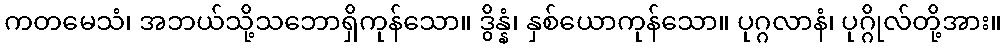
ကတမေသံ၊ အဘယ်သို့သဘောရှိကုန်သော။ ဒွိန္နံ၊ နှစ်ယောကုန်သော။ ပုဂ္ဂလာနံ၊ ပုဂ္ဂိုလ်တို့အား။